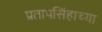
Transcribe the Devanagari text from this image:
प्रतापसिंहाच्या